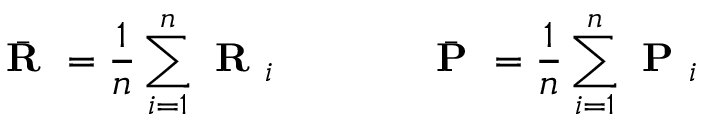
\bar { \textbf { R } } = \frac { 1 } { n } \sum _ { i = 1 } ^ { n } \textbf { R } _ { i } \; \; \; \; \; \; \; \; \; \; \; \; \; \bar { \textbf { P } } = \frac { 1 } { n } \sum _ { i = 1 } ^ { n } \textbf { P } _ { i }